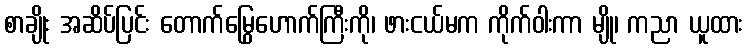
စာချိုး အဆိပ်ပြင်း တောက်မြွေဟောက်ကြီးကို၊ ဖားငယ်မက ကိုက်ဝါးကာ မျို၊ ကညာ ယူထား